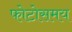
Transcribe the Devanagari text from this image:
फोटोसमय